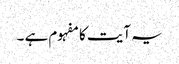
یہ آیت کا مفہوم ہے ۔